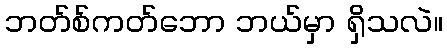
ဘတ်စ်ကတ်ဘော ဘယ်မှာ ရှိသလဲ။